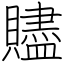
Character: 贐